Statistics compiled by the Government of India from the reports of provincial Civil Veterinary Departments
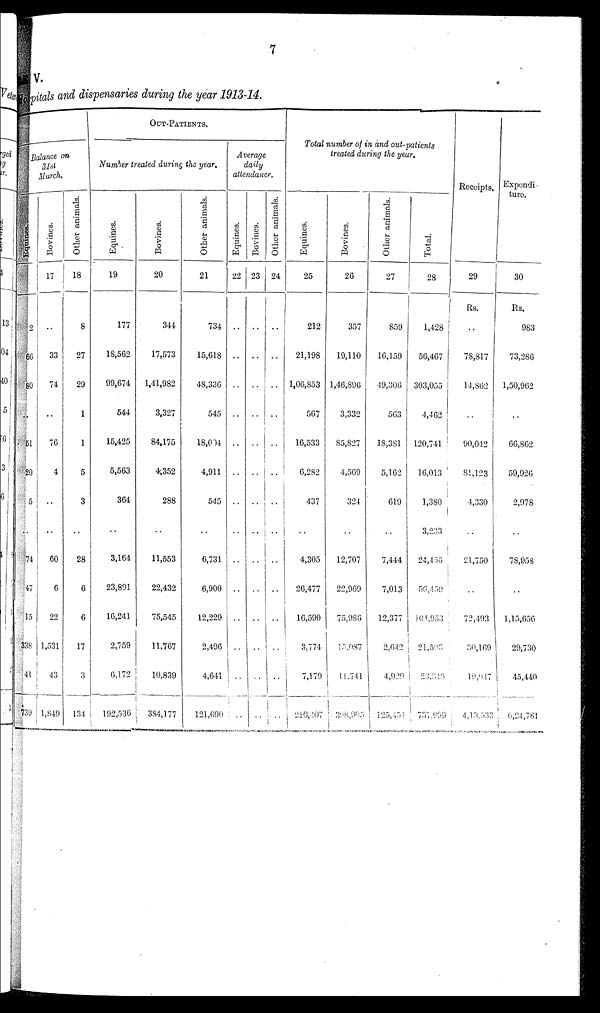
7
V.
pitals and dispensaries during the year 1913-14.
Balance on
31st
March.
1
2
66
80
..
51
20
5
..
74
47
15
338
41
739
Bovines.
17
..
33
74
..
76
4
..
..
60
6
22
1,531
43
1,849
Other animals.
18
8
27
29
1
1
5
3
..
28
6
6
17
3
134
OUT-PATIENTS.
Number treated during the year.
Equines.
19
177
18,562
99,674
544
15,425
5,563
364
..
3,164
23,891
16,241
2,759
6,172
192,536
Bovines.
20
344
17,573
1,41,982
3,327
84,175
4,352
288
..
11,553
22,432
75,545
11,767
10,839
384,177
Other animals.
21
734
15,618
48,336
545
18,004
4,911
545
..
6,731
6,900
12,229
2,496
4,641
121,690
Average
daily
attendance.
Equines.
22
..
..
..
..
..
..
..
..
..
..
..
..
..
..
Bovines.
23
..
..
..
..
..
..
..
..
..
..
..
..
..
..
Other animals.
24
..
..
..
..
..
..
..
..
..
..
..
..
..
..
Total number of in and out-patients
treated during the year.
Equines.
25
212
21,198
1,06,853
567
16,533
6,282
437
..
4,305
26,477
16,590
3,774
7,179
210,407
Bovines.
26
357
19,110
1,46,800
3,332
85,827
4,569
324
..
12,707
22,969
75,986
15,087
11,741
398,903
Other animals.
27
859
16,159
49,306
563
18,381
5,162
619
..
7,444
7,013
12,377
2,642
4,929
125,454
Total.
28
1,428
56,467
303,055
4,462
120,741
16,013
1,380
3,233
24,450
56,439
101,953
21,593
23,849
737,969
Receipts.
29
Rs.
..
78,817
14,862
..
90,042
81,123
4,330
..
21,750
..
72,493
30,169
19,947
4,13,333
Expendi
ture.
30
Rs.
983
73,286
1,50,962
..
66,862
59,926
2,978
..
78,958
..
1,15,656
29,730
45,440
6,24,781